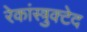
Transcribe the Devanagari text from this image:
रेकांस्त्रुक्टेद